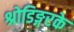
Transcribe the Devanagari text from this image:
श्रोडिङ्गरके